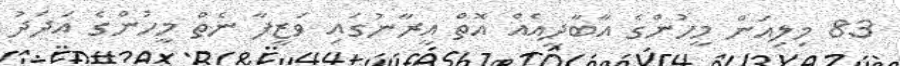
83 މިލިއަން މީހުންގެ އާބާދީއެއް އޮތް އީރާނުގައި ވަޒީފާ ނެތް މީހުންގެ އަދަދު